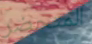
المتحضر